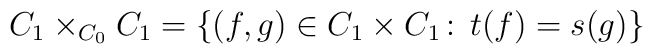
C_1 \times_{C_0} C_1 = \{(f,g) \in C_1 \times C_1 \, \colon \; t(f) = s(g) \}